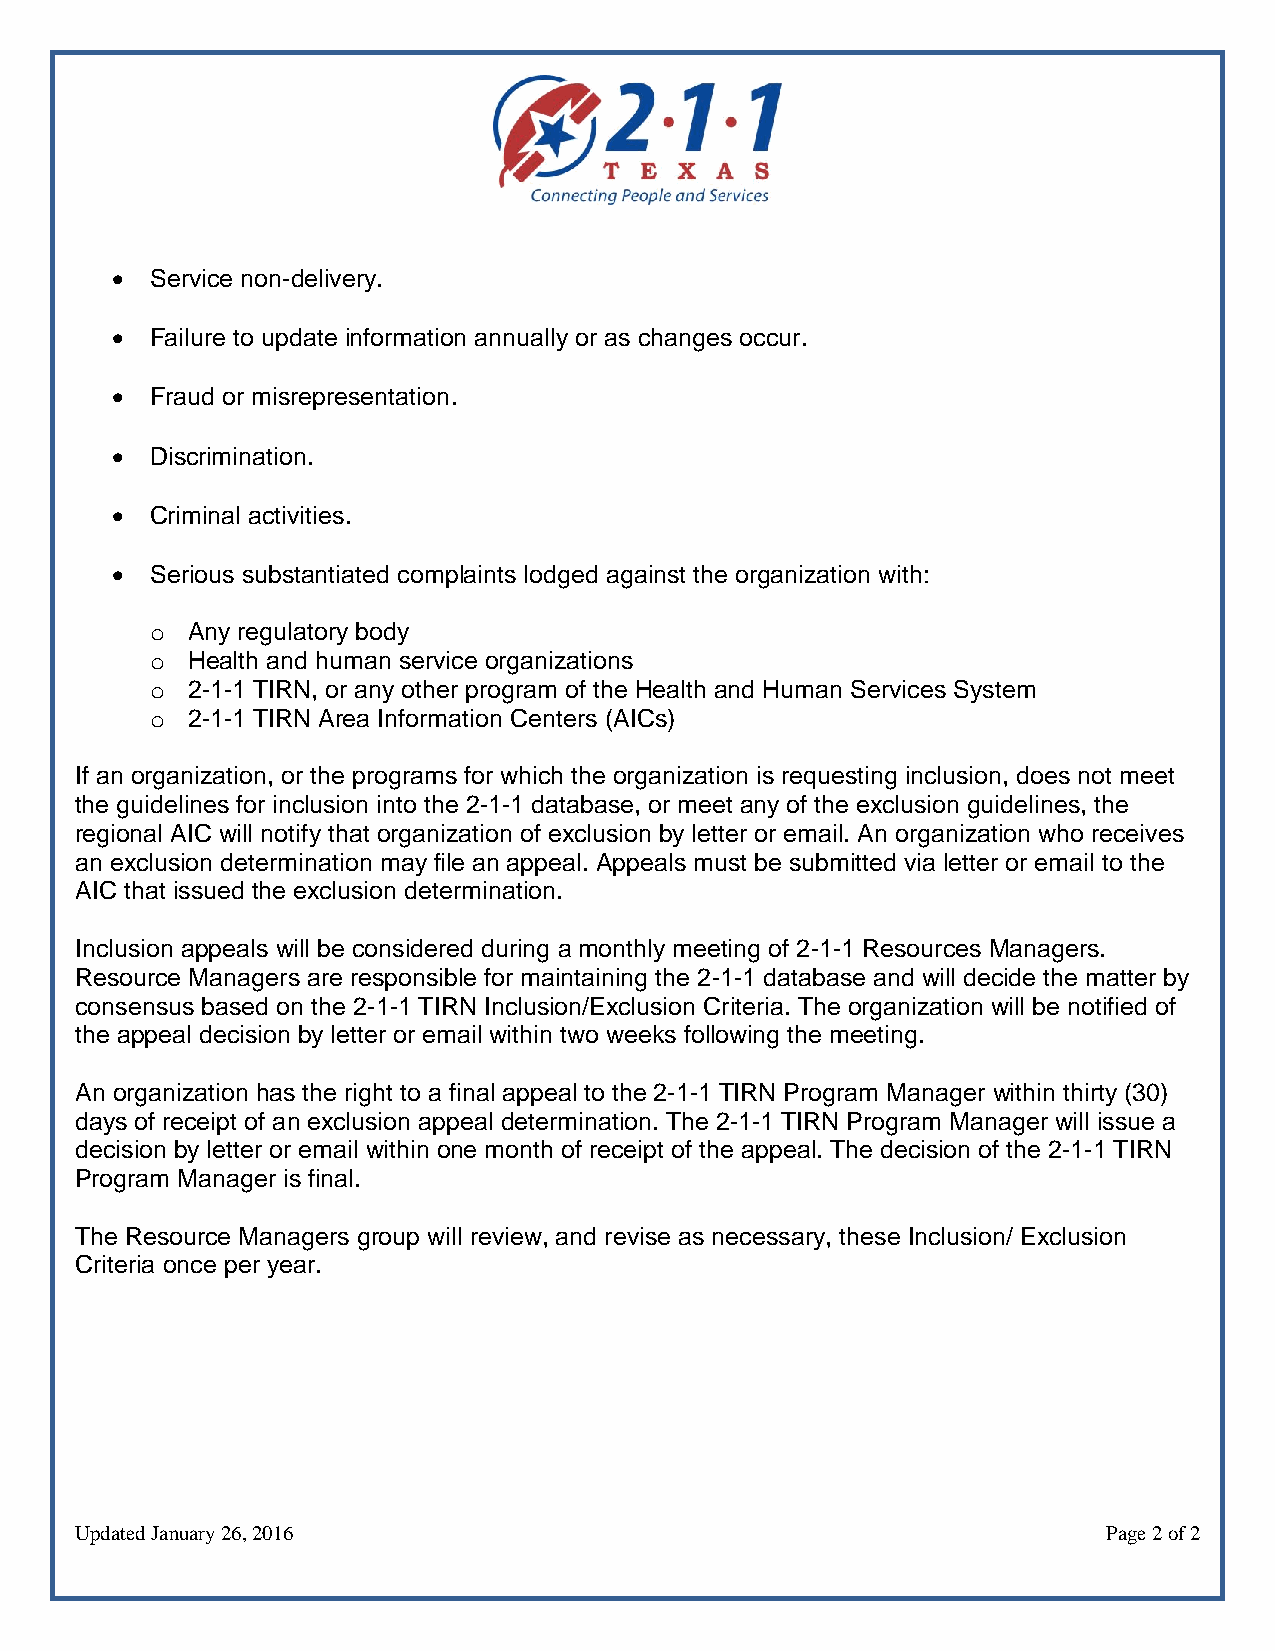
  Service non-delivery.
   Failure to update information annually or as changes occur.
   Fraud or misrepresentation.
   Discrimination.
   Criminal activities.
   Serious substantiated complaints lodged against the organization with:
 o Any regulatory body
 o Health and human service organizations
 o 2-1-1 TIRN, or any other program of the Health and Human Services System
 o 2-1-1 TIRN Area Information Centers (AICs)
 If an organization, or the programs for which the organization is requesting inclusion, does not meet
 the guidelines for inclusion into the 2-1-1 database, or meet any of the exclusion guidelines, the
 regional AIC will notify that organization of exclusion by letter or email. An organization who receives
 an exclusion determination may file an appeal. Appeals must be submitted via letter or email to the
 AIC that issued the exclusion determination.
 Inclusion appeals will be considered during a monthly meeting of 2-1-1 Resources Managers.
 Resource Managers are responsible for maintaining the 2-1-1 database and will decide the matter by
 consensus based on the 2-1-1 TIRN Inclusion/Exclusion Criteria. The organization will be notified of
 the appeal decision by letter or email within two weeks following the meeting.
 An organization has the right to a final appeal to the 2-1-1 TIRN Program Manager within thirty (30)
 days of receipt of an exclusion appeal determination. The 2-1-1 TIRN Program Manager will issue a
 decision by letter or email within one month of receipt of the appeal. The decision of the 2-1-1 TIRN
 Program Manager is final.
 The Resource Managers group will review, and revise as necessary, these Inclusion/ Exclusion
 Criteria once per year.
 Updated January 26, 2016                                            Page 2 of 2